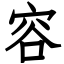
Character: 容